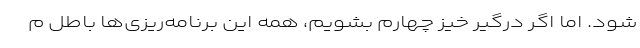
شود. اما اگر درگیر خیز چهارم بشویم، همه این برنامه‌ریزی‌ها باطل م